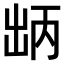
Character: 𫥤